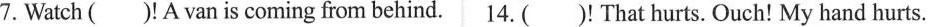
7. Watch ( )!A van is coming from behind.14.( )!That hurts. Ouch! My hand hurts.